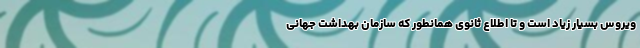
ویروس بسیار زیاد است و تا اطلاع ثانوی همانطور که سازمان بهداشت جهانی